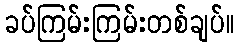
ခပ်ကြမ်းကြမ်းတစ်ချပ်။